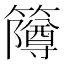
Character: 𫂫